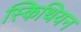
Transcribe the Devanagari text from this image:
स्किथियन